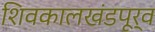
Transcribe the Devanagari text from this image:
शिवकालखंडपूर्व